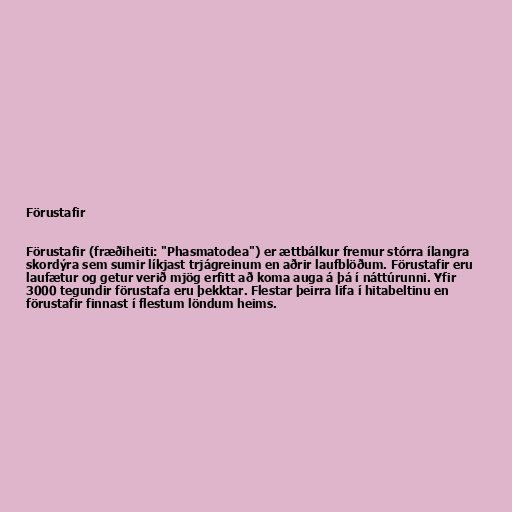
Förustafir

Förustafir (fræðiheiti: "Phasmatodea") er ættbálkur fremur stórra ílangra
skordýra sem sumir líkjast trjágreinum en aðrir laufblöðum. Förustafir eru
laufætur og getur verið mjög erfitt að koma auga á þá í náttúrunni. Yfir
3000 tegundir förustafa eru þekktar. Flestar þeirra lifa í hitabeltinu en
förustafir finnast í flestum löndum heims.